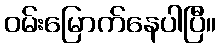
ဝမ်းမြောက်နေပါပြီ။